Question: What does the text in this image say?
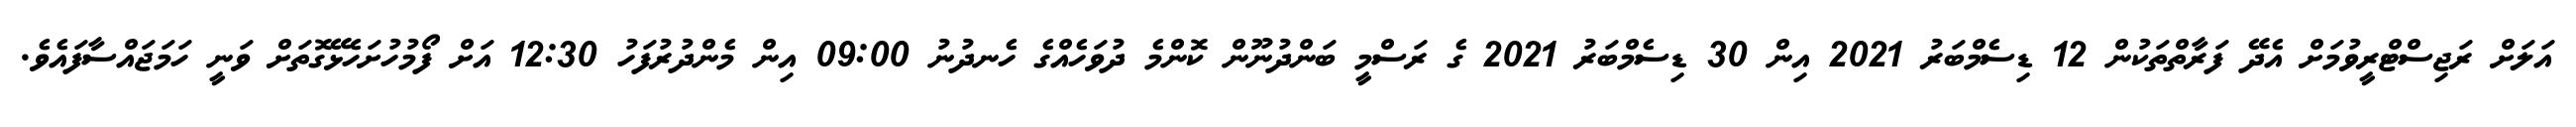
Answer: އަލަށް ރަޖިސްޓްރީވުމަށް އެދޭ ފަރާތްތަކުން 12 ޑިސެމްބަރު 2021 އިން 30 ޑިސެމްބަރު 2021 ގެ ރަސްމީ ބަންދުނޫން ކޮންމެ ދުވަހެއްގެ ހެނދުނު 09:00 އިން މެންދުރުފަހު 12:30 އަށް ފޯމުހުށަހެޅޭގޮތަށް ވަނީ ހަމަޖައްސާފައެވެ.